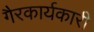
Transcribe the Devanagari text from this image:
गैरकार्यकारी